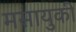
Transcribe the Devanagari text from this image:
मसायुकी